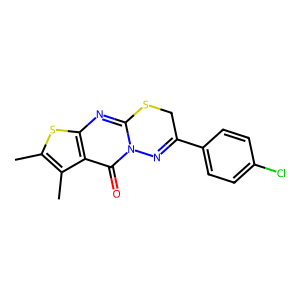
SMILES: Cc1sc2nc3n(c(=O)c2c1C)N=C(c1ccc(Cl)cc1)CS3
Inhibits HIV replication: No